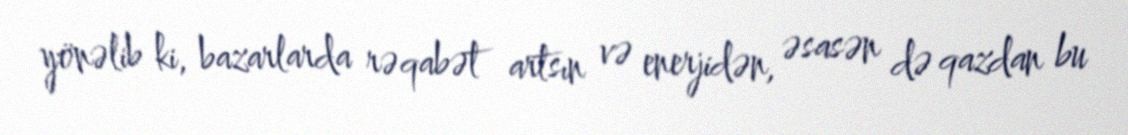
yönəlib ki, bazarlarda rəqabət artsın və enerjidən, əsasən də qazdan bu